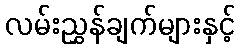
လမ်းညွှန်ချက်များနှင့်